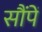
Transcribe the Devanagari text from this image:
सौंपें